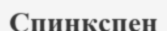
Спинкспен